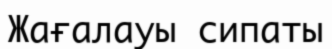
Жағалауы сипаты